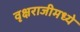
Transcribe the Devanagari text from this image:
वृक्षराजीमध्ये